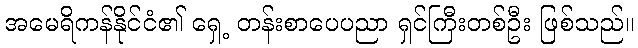
အမေရိကန်နိုင်ငံ၏ ရှေ့ တန်းစာပေပညာ ရှင်ကြီးတစ်ဦး ဖြစ်သည်။